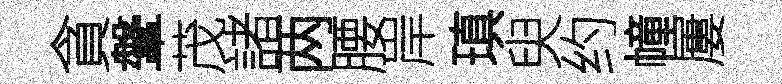
貪鞶茂諸两腰岸瑱臾约幢屢